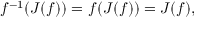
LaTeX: f ^ { - 1 } ( J ( f ) ) = f ( J ( f ) ) = J ( f ) ,